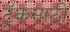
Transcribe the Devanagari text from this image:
ट्रॅकसाठी